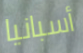
أسبانيا